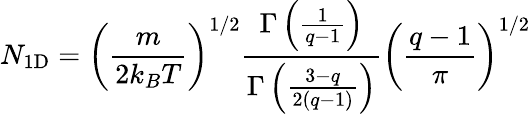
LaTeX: N_{\mathrm{1D}}=\left(\frac{m}{2k_{B}T}\right)^{1/2}\frac{\Gamma\left(\frac{1}{q-1}\right)}{\Gamma\left(\frac{3-q}{2\left(q-1\right)}\right)}\left(\frac{q-1}{\pi}\right)^{1/2}